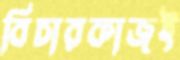
বিচারকাজই